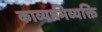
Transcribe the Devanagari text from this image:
काव्याभिव्यक्ति